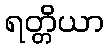
ရတ္တိယာ